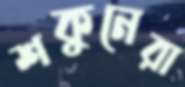
শকুনেরা